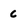
Character: C